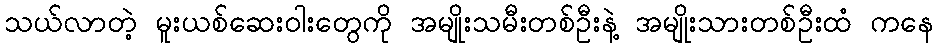
သယ်လာတဲ့ မူးယစ်ဆေးဝါးတွေကို အမျိုးသမီးတစ်ဦးနဲ့ အမျိုးသားတစ်ဦးထံ ကနေ